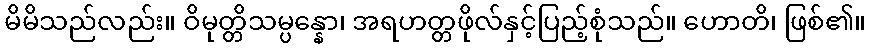
မိမိသည်လည်း။ ဝိမုတ္တိသမ္ပန္နော၊ အရဟတ္တဖိုလ်နှင့်ပြည့်စုံသည်။ ဟောတိ၊ ဖြစ်၏။